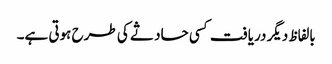
بالفاظ دیگر دریافت کسی حاد ثے کی طرح ہوتی ہے۔